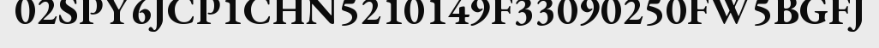
02SPY6JCP1CHN5210149F33090250FW5BGFJ